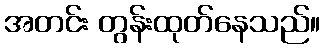
အတင်း တွန်းထုတ်နေသည်။